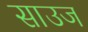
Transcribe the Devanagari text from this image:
साउज